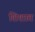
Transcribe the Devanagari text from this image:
शिशात